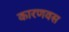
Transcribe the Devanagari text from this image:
कारणवस